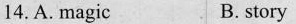
14.A.magic B. story